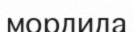
мордида